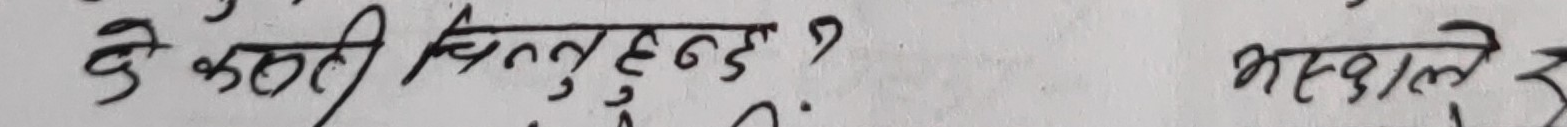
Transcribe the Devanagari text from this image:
के कस्तो चित्त हुन्ड ? भएकोले ३